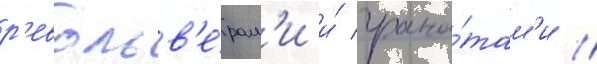
р'евольв'е́рам'и и́ грана́там'и //